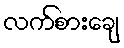
လက်စားချေ